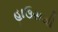
હાઉસથી